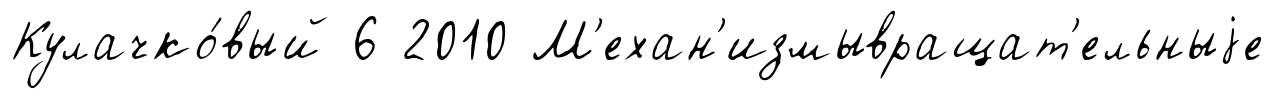
Кулачко́вый 6 2010 М'ехан'измывращат'ельныjе